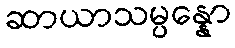
ဆာယာသမ္ပန္နော